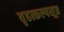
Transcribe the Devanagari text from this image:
वृहत्कल्पसूत्र